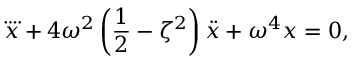
\ddddot { x } + 4 \omega ^ { 2 } \left( \frac { 1 } { 2 } - \zeta ^ { 2 } \right) \ddot { x } + \omega ^ { 4 } x = 0 ,